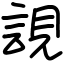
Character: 誢